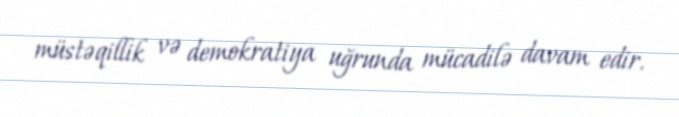
müstəqillik və demokratiya uğrunda mücadilə davam edir.